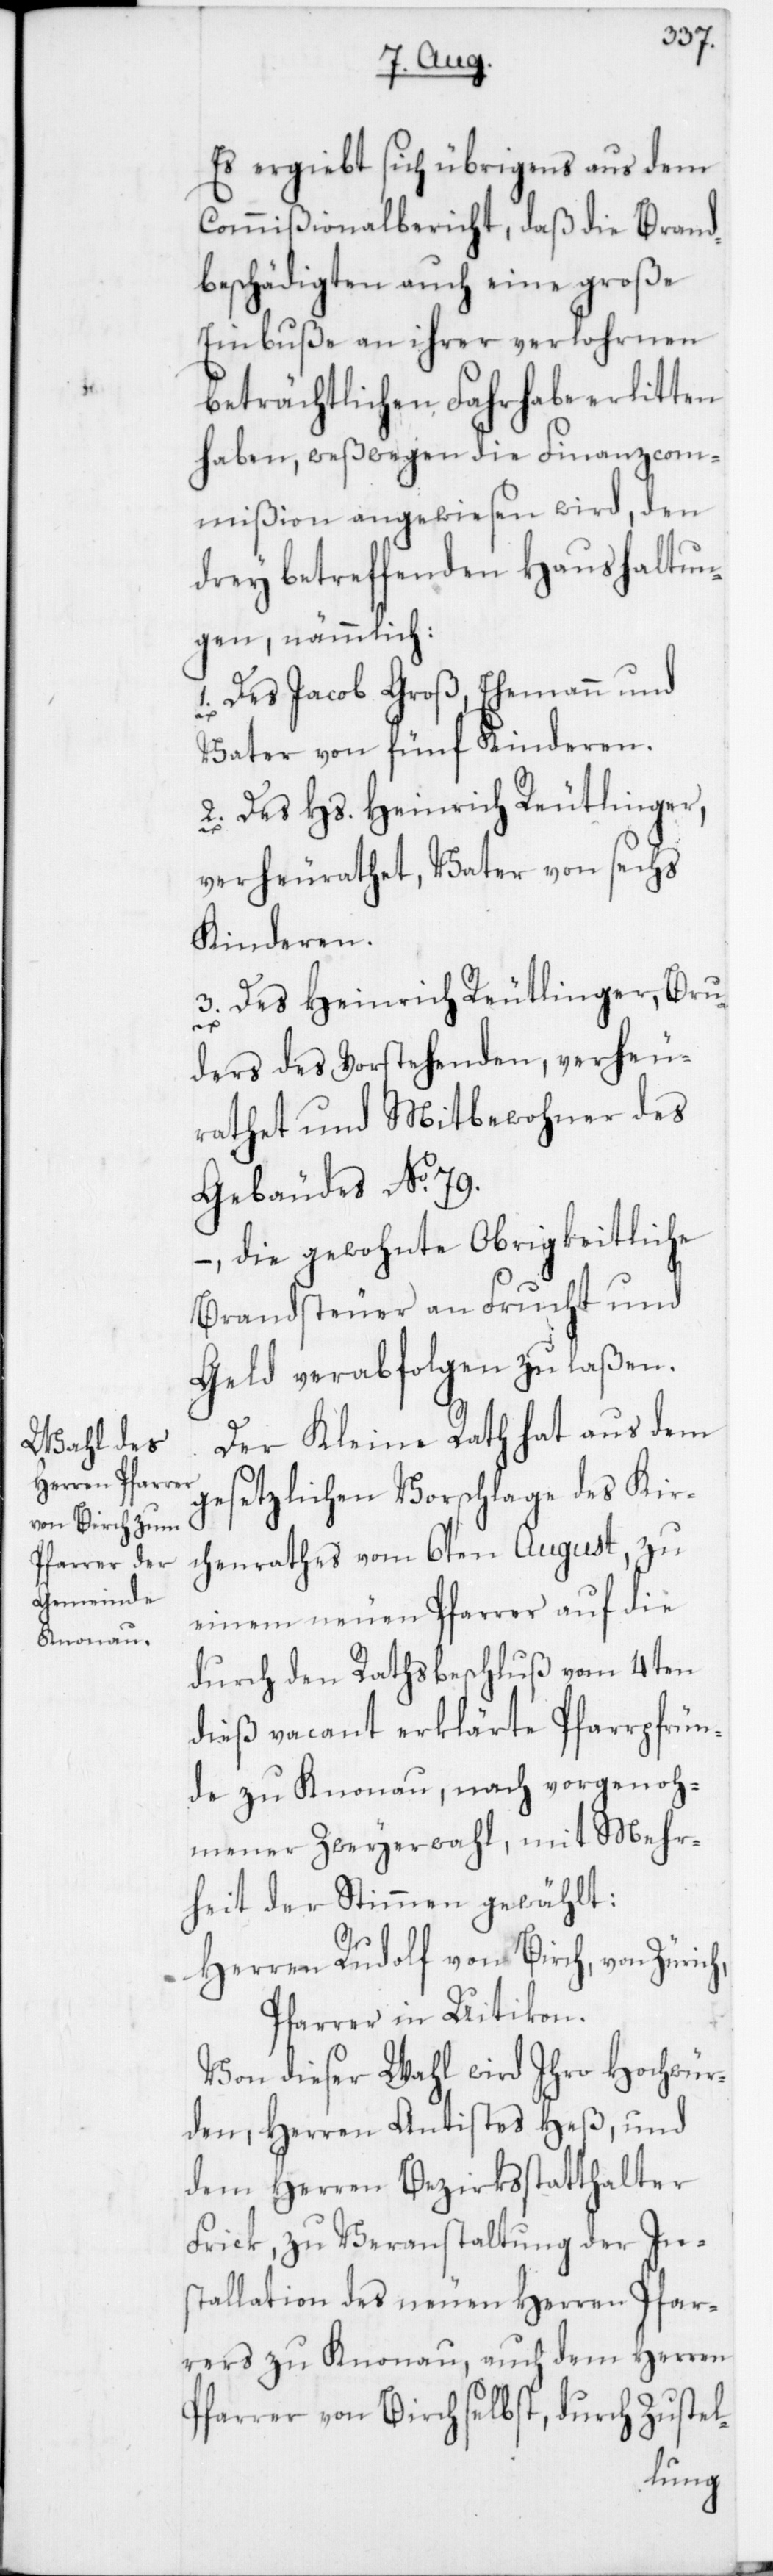
Es ergiebt sich übrigens aus dem
Commißionalbericht, daß die Brand¬
beschädigten auch eine große
Einbuße an ihrer verlohrnen
beträchtlichen Fahrhabe erlitten
haben, weßwegen die Finanzcom¬
mißion angewiesen wird, den
drey betreffenden Haushaltun¬
gen, nämmlich:
1. Des Jacob Groß, Ehemann und
Vater von fünf Kinderen.
2. Des Hs. Heinrich Reutlinger,
verheurathet, Vater von sechs
Kinderen.
3. Des Heinrich Reutlinger, Bru¬
ders des Vorstehenden, verheu¬
rathet und Mitbewohner des
Gebäudes No 79.
–, die gewohnte Obrigkeitliche
Brandsteuer an Frucht und
Geld verabfolgen zu laßen.
Der Kleine Rath hat aus dem
gesetzlichen Vorschlage des Kir¬
chenrathes vom 6ten August, zu
einem neuen Pfarrer auf die
durch den Rathsbeschluß vom 4ten
dieß vacant erklärte Pfarrpfrün¬
de zu Knonau, nach vorgenoh¬
mener Zweyerwahl, mit Mehr¬
heit der Stimmen gewählt:
Herren Rudolf von Birch, von Zürich,
Pfarrer in Uitikon.
Von dieser Wahl wird Ihro Hochwür¬
den, Herren Antistes Heß und
dem Herren Bezirksstatthalter
Frick, zu Veranstaltung der In¬
stallation des neuen Herren Pfar¬
rers zu Knonau, auch dem Herren
Pfarrer von Birch selbst, durch Zustel-